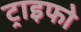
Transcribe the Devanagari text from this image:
ट्राइफो